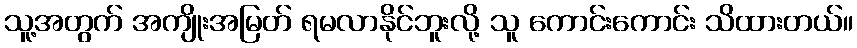
သူ့အတွက် အကျိုးအမြတ် ရမလာနိုင်ဘူးလို့ သူ ကောင်းကောင်း သိထားတယ်။